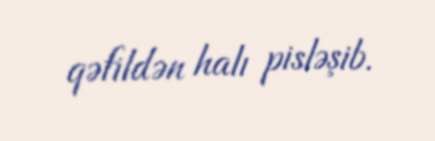
qəfildən halı pisləşib.